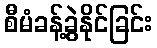
စီမံခန့်ခွဲနိုင်ခြင်း